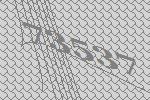
73537